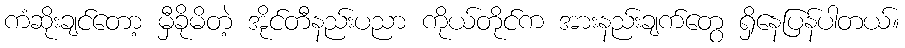
ကံဆိုးချင်တော့ မှီခိုမိတဲ့ အိုင်တီနည်းပညာ ကိုယ်တိုင်က အားနည်းချက်တွေ ရှိနေပြန်ပါတယ်။